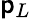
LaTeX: \mathsf{p}_{L}